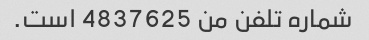
شماره تلفن من 4837625 است.